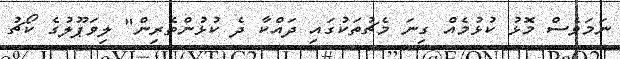
ނަމަވެސް މޮޅު ކުޅުމެއް ގިނަ މެޗުތަކުގައި ދައްކާ ދެ ކުޅުންތެރިން" ލިވަޕޫލުގެ ކޯޗު